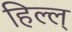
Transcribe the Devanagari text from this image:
हिल्ल्